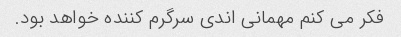
فکر می کنم مهمانی اندی سرگرم کننده خواهد بود.